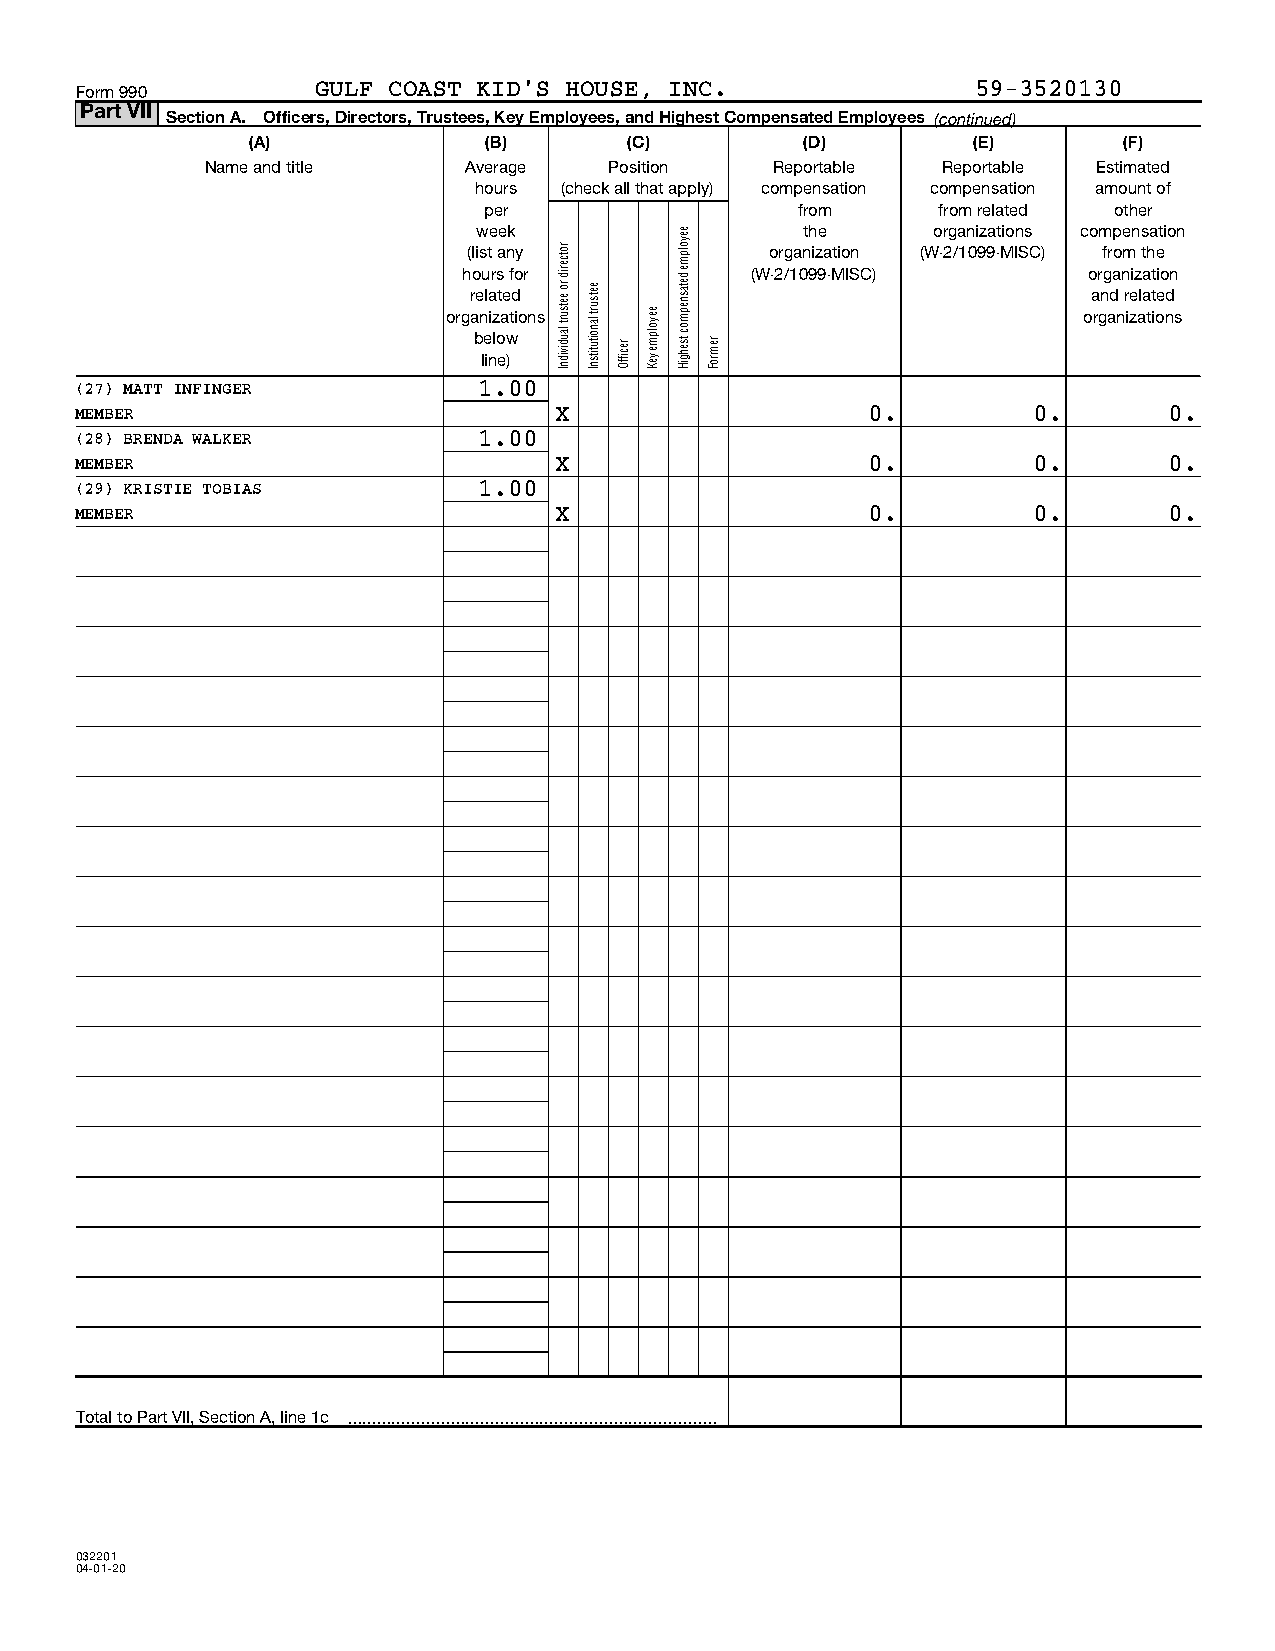
Form 990        GULF COAST KID'S HOUSE, INC.                59-3520130
 Part VII
 Section A. Officers, Directors, Trustees, Key Employees, and Highest Compensated Employees (continued)
 (A)             (B)       (C)        (D)        (E)       (F)
 Name and title   Average  Position   Reportable Reportable Estimated
 hours (check all that apply) compensation compensation amount of
 per                  from     from related other
 week                 the      organizations compensation
 (list any           organization (W-2/1099-MISC) from the
 hours for          (W-2/1099-MISC)       organization
 related                                  and related
 organizations                             organizations
 below
 line)
 (27) MATT INFINGER         1.00
 MEMBER                          X                   0.         0.       0.
 (28) BRENDA WALKER         1.00
 MEMBER                          X                   0.         0.       0.
 (29) KRISTIE TOBIAS        1.00
 MEMBER                          X                   0.         0.       0.
 Total to Part VII, Section A, line 1c 
 032201
 04-01-20
 rotcerid
 ro eetsurt
 laudividnI
 eetsurt
 lanoitutitsnI
 reciffO
 eeyolpme
 yeK
 eeyolpme
 detasnepmoc
 tsehgiH remroF